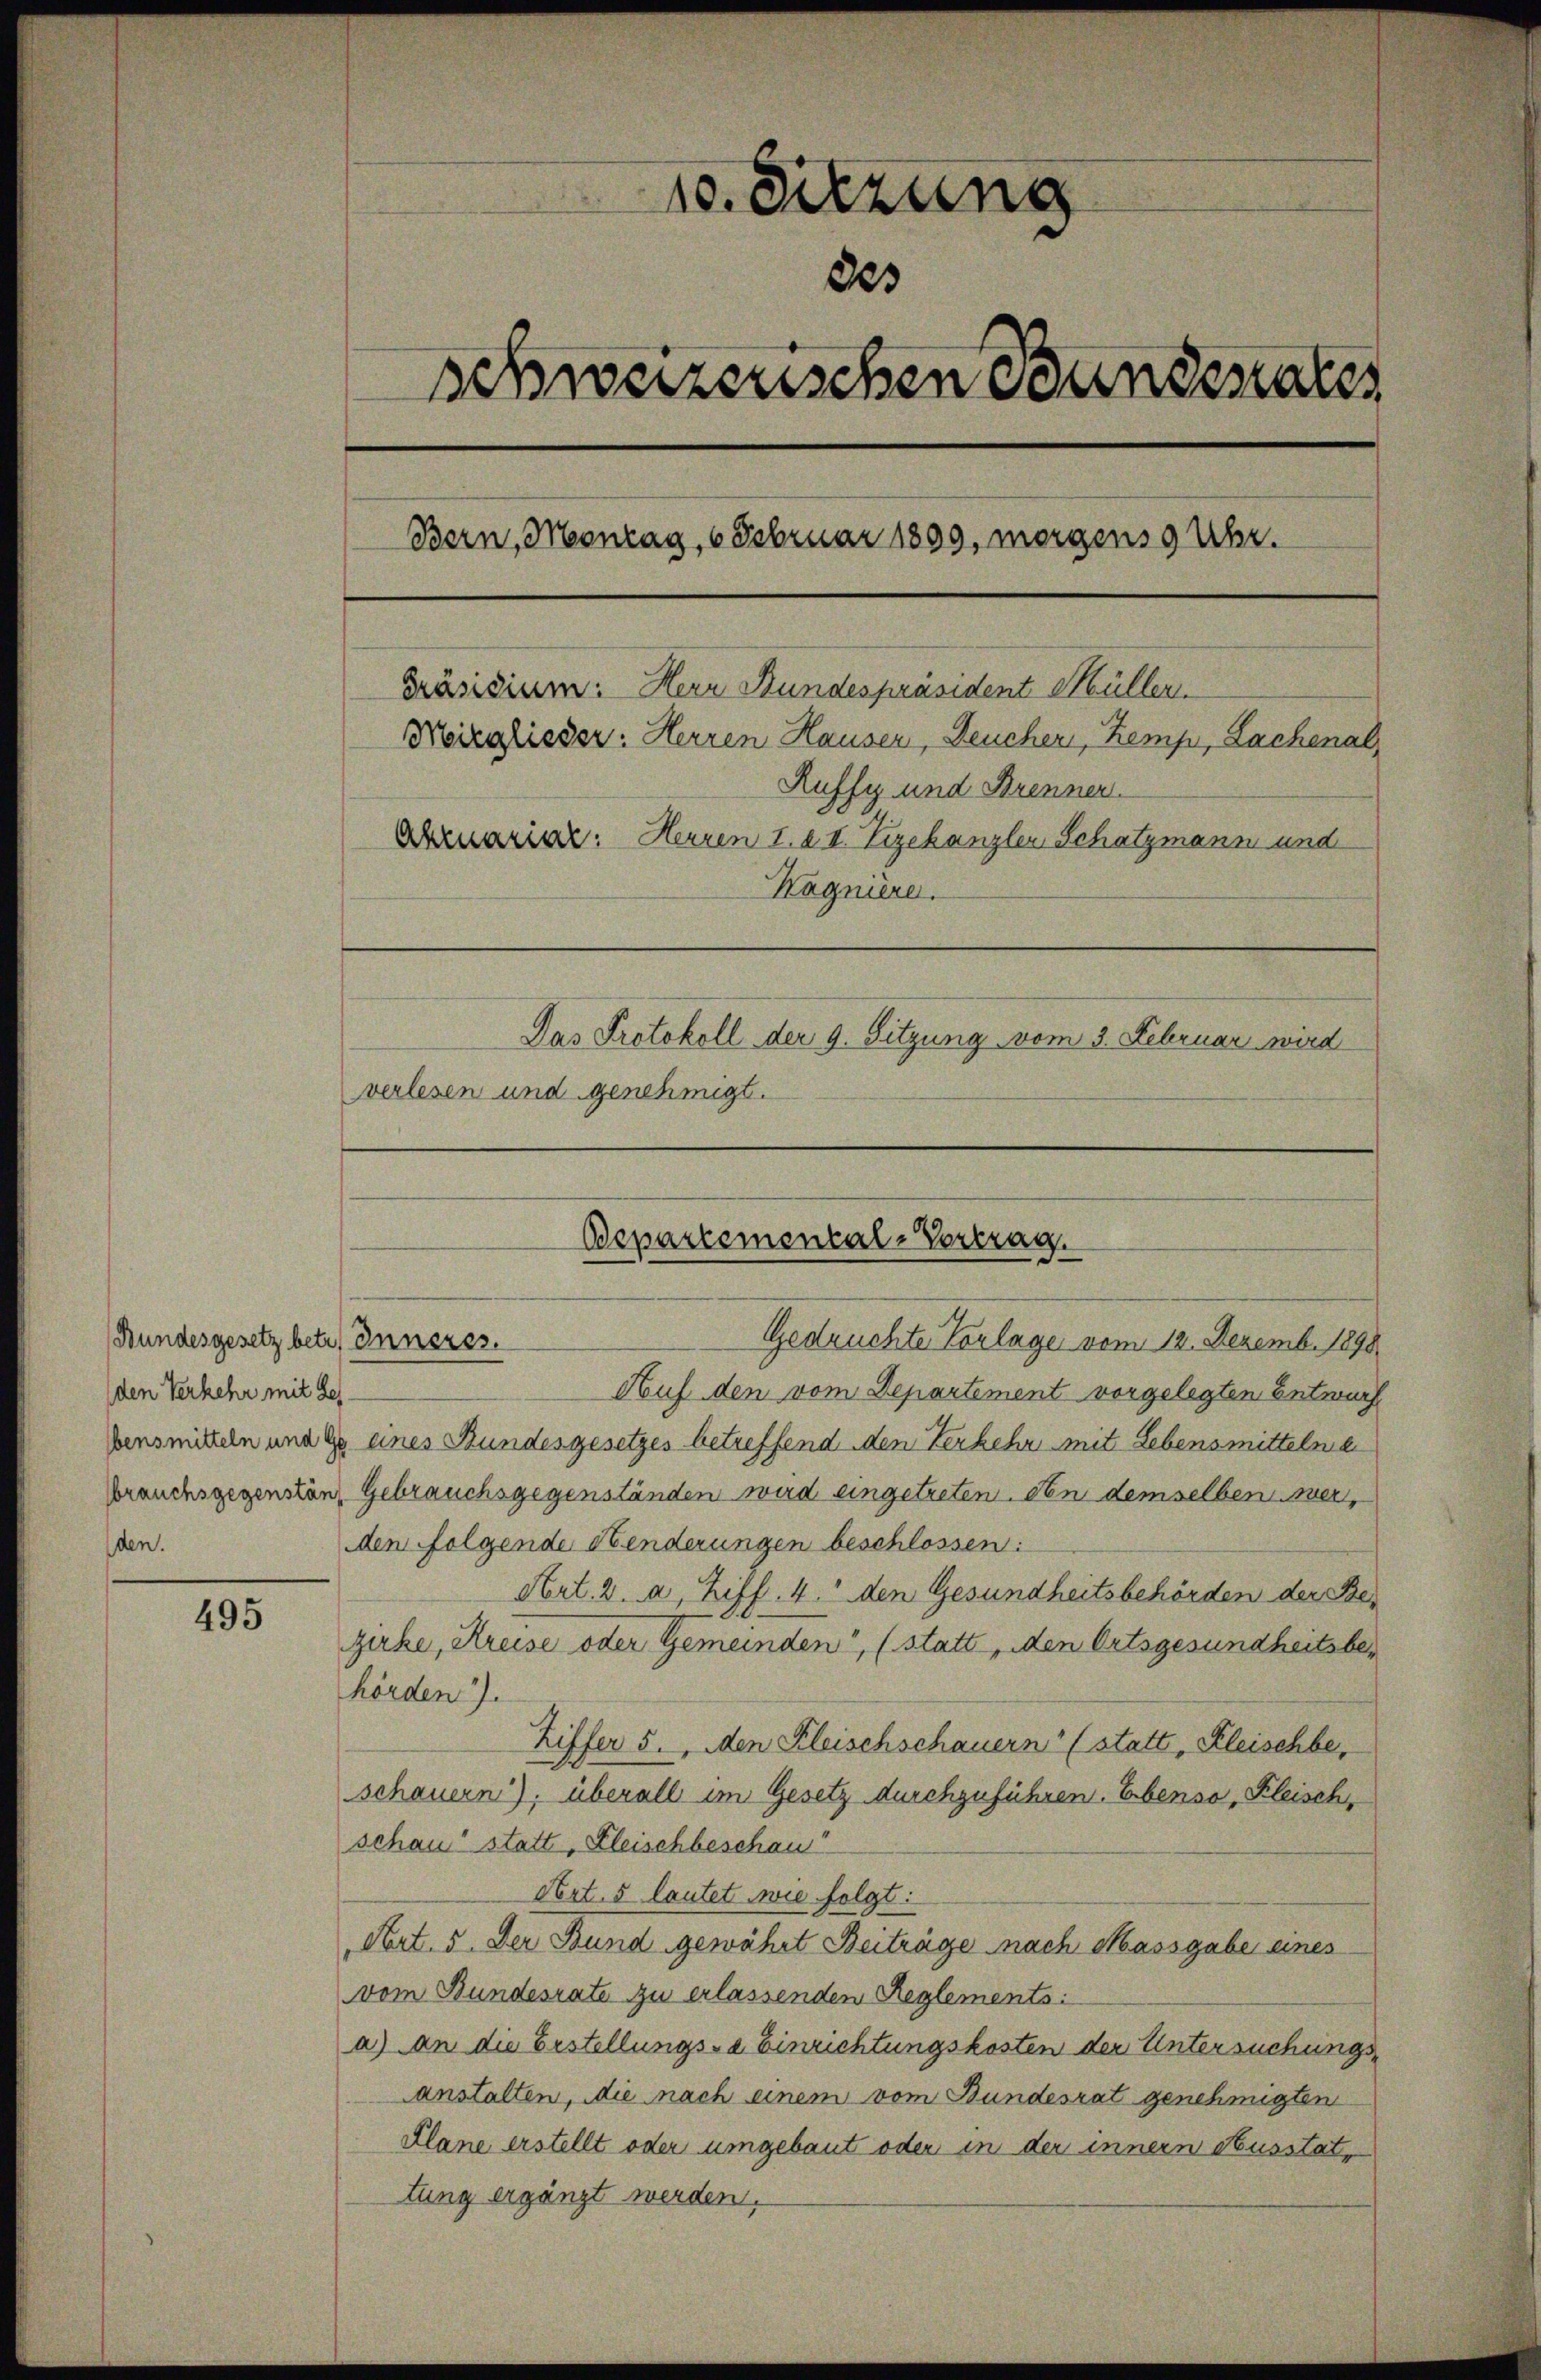
Bundesgesetz betr. Inneres.
(den Verkehr mit des
den.

495

10. Sitzung
des
schweizerischen Bundesrates
Bern, Montag, 6 Februar 1899, morgens 9 Uhr.
Präsidium. Herr Stundespräsident Müller.
Moirglieder: Herren Hauser, Deucher, Kemp, Lachenal,
Ruffy und Brenner
Abruariar: Herren I. I. Zizekanzler Schatzmann und
Hagniere.
Das Protokoll der 9. Sitzung vom 3. Februar wird
verlesen und genehmigt.

Bepartemental-Vortrag.
Gedruchte Vorlage vom 12. Dezemb. 1898

Auf den vom Departement vorgelegten Entwurf
bensmitteln und ge eines Bundesgesetzes betreffend den Verkehr mit Lebensmittelnde
brauchsgegensten Gebrauchsgegenständen wird eingetreten. den demselben werden folgende Henderungen beschlossen:
Art. 2. a, Ziff. 4. den Gesundheitsbehörden der Bezirke, Kreise oder Gemeinden“, (statt den Ortsgesundheitsbehörden).
Ziffer 5. den Kleischschauern (statt, Kleischbe,
schauern), überall im Gesetz durchzuführen. Ebenso, Kleisch,
schon statt, Fleischbeschau
Art. 5 lautet wie folgt:
Art. 5. Der Bund gewährt Beiträge nach Massgabe eines
vom Bundesrate zu erlassenden Reglements:
a) an die Erstellungs-a Einrichtungskosten der Untersuchungsanstalten, die nach einem vom Bundesrat genehmigten
Plane erstellt oder umgebaut oder in der innern Ausstat,
tung ergänzt werden.